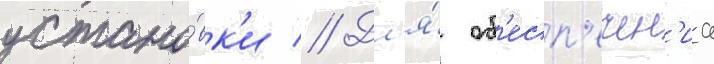
устано́вк'и // Дл'я́ об'есп'ечен'иа